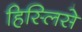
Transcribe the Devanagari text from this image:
हिस्लिसे